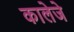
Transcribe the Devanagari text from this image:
कालेजे